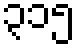
၃၁၅